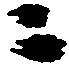
ニ